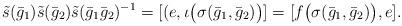
LaTeX: \begin{align*}\tilde s(\bar g_1)\tilde s(\bar g_2)\tilde s(\bar g_1\bar g_2)^{-1}=[(e,\iota\bigl(\sigma(\bar g_1,\bar g_2)\bigr)]=[f\bigl(\sigma(\bar g_1,\bar g_2)\bigr),e].\end{align*}